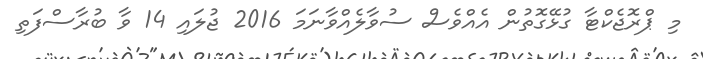
މި ޕްރޮޖެކްޓާ ގުޅޭގޮތުން އެއްވެސް ސުވާލެއްވާނަމަ 2016 ޖުލައި 14 ވާ ބުރާސްފަތި